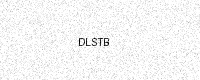
Text: DLSTB